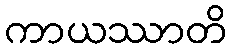
ကာယဿာတိ